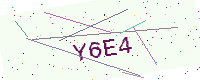
Text: Y6E4